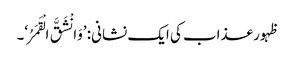
ظہور عذاب کی ایک نشانی: ’وَانْشَقَّ الْقَمَرُ‘۔